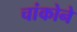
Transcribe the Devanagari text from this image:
चांकोने